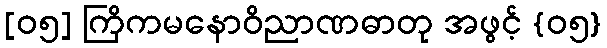
[၀၅] ကြိကမနောဝိညာဏဓာတု အဖွင့် {၀၅}